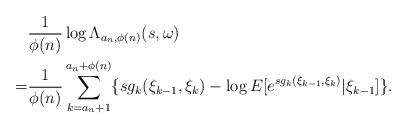
\begin{align*}&\frac{1}{\phi(n)}\log\Lambda_{a_n,\phi(n)}(s,\omega)\\=&\frac{1}{\phi(n)}\sum_{k=a_n+1}^{a_n+\phi(n)}\{sg_k(\xi_{k-1},\xi_{k})-\log{E[e^{sg_k(\xi_{k-1},\xi_k)}|\xi_{k-1}]}\}.\end{align*}